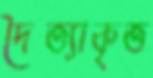
দৈত্যাকৃত